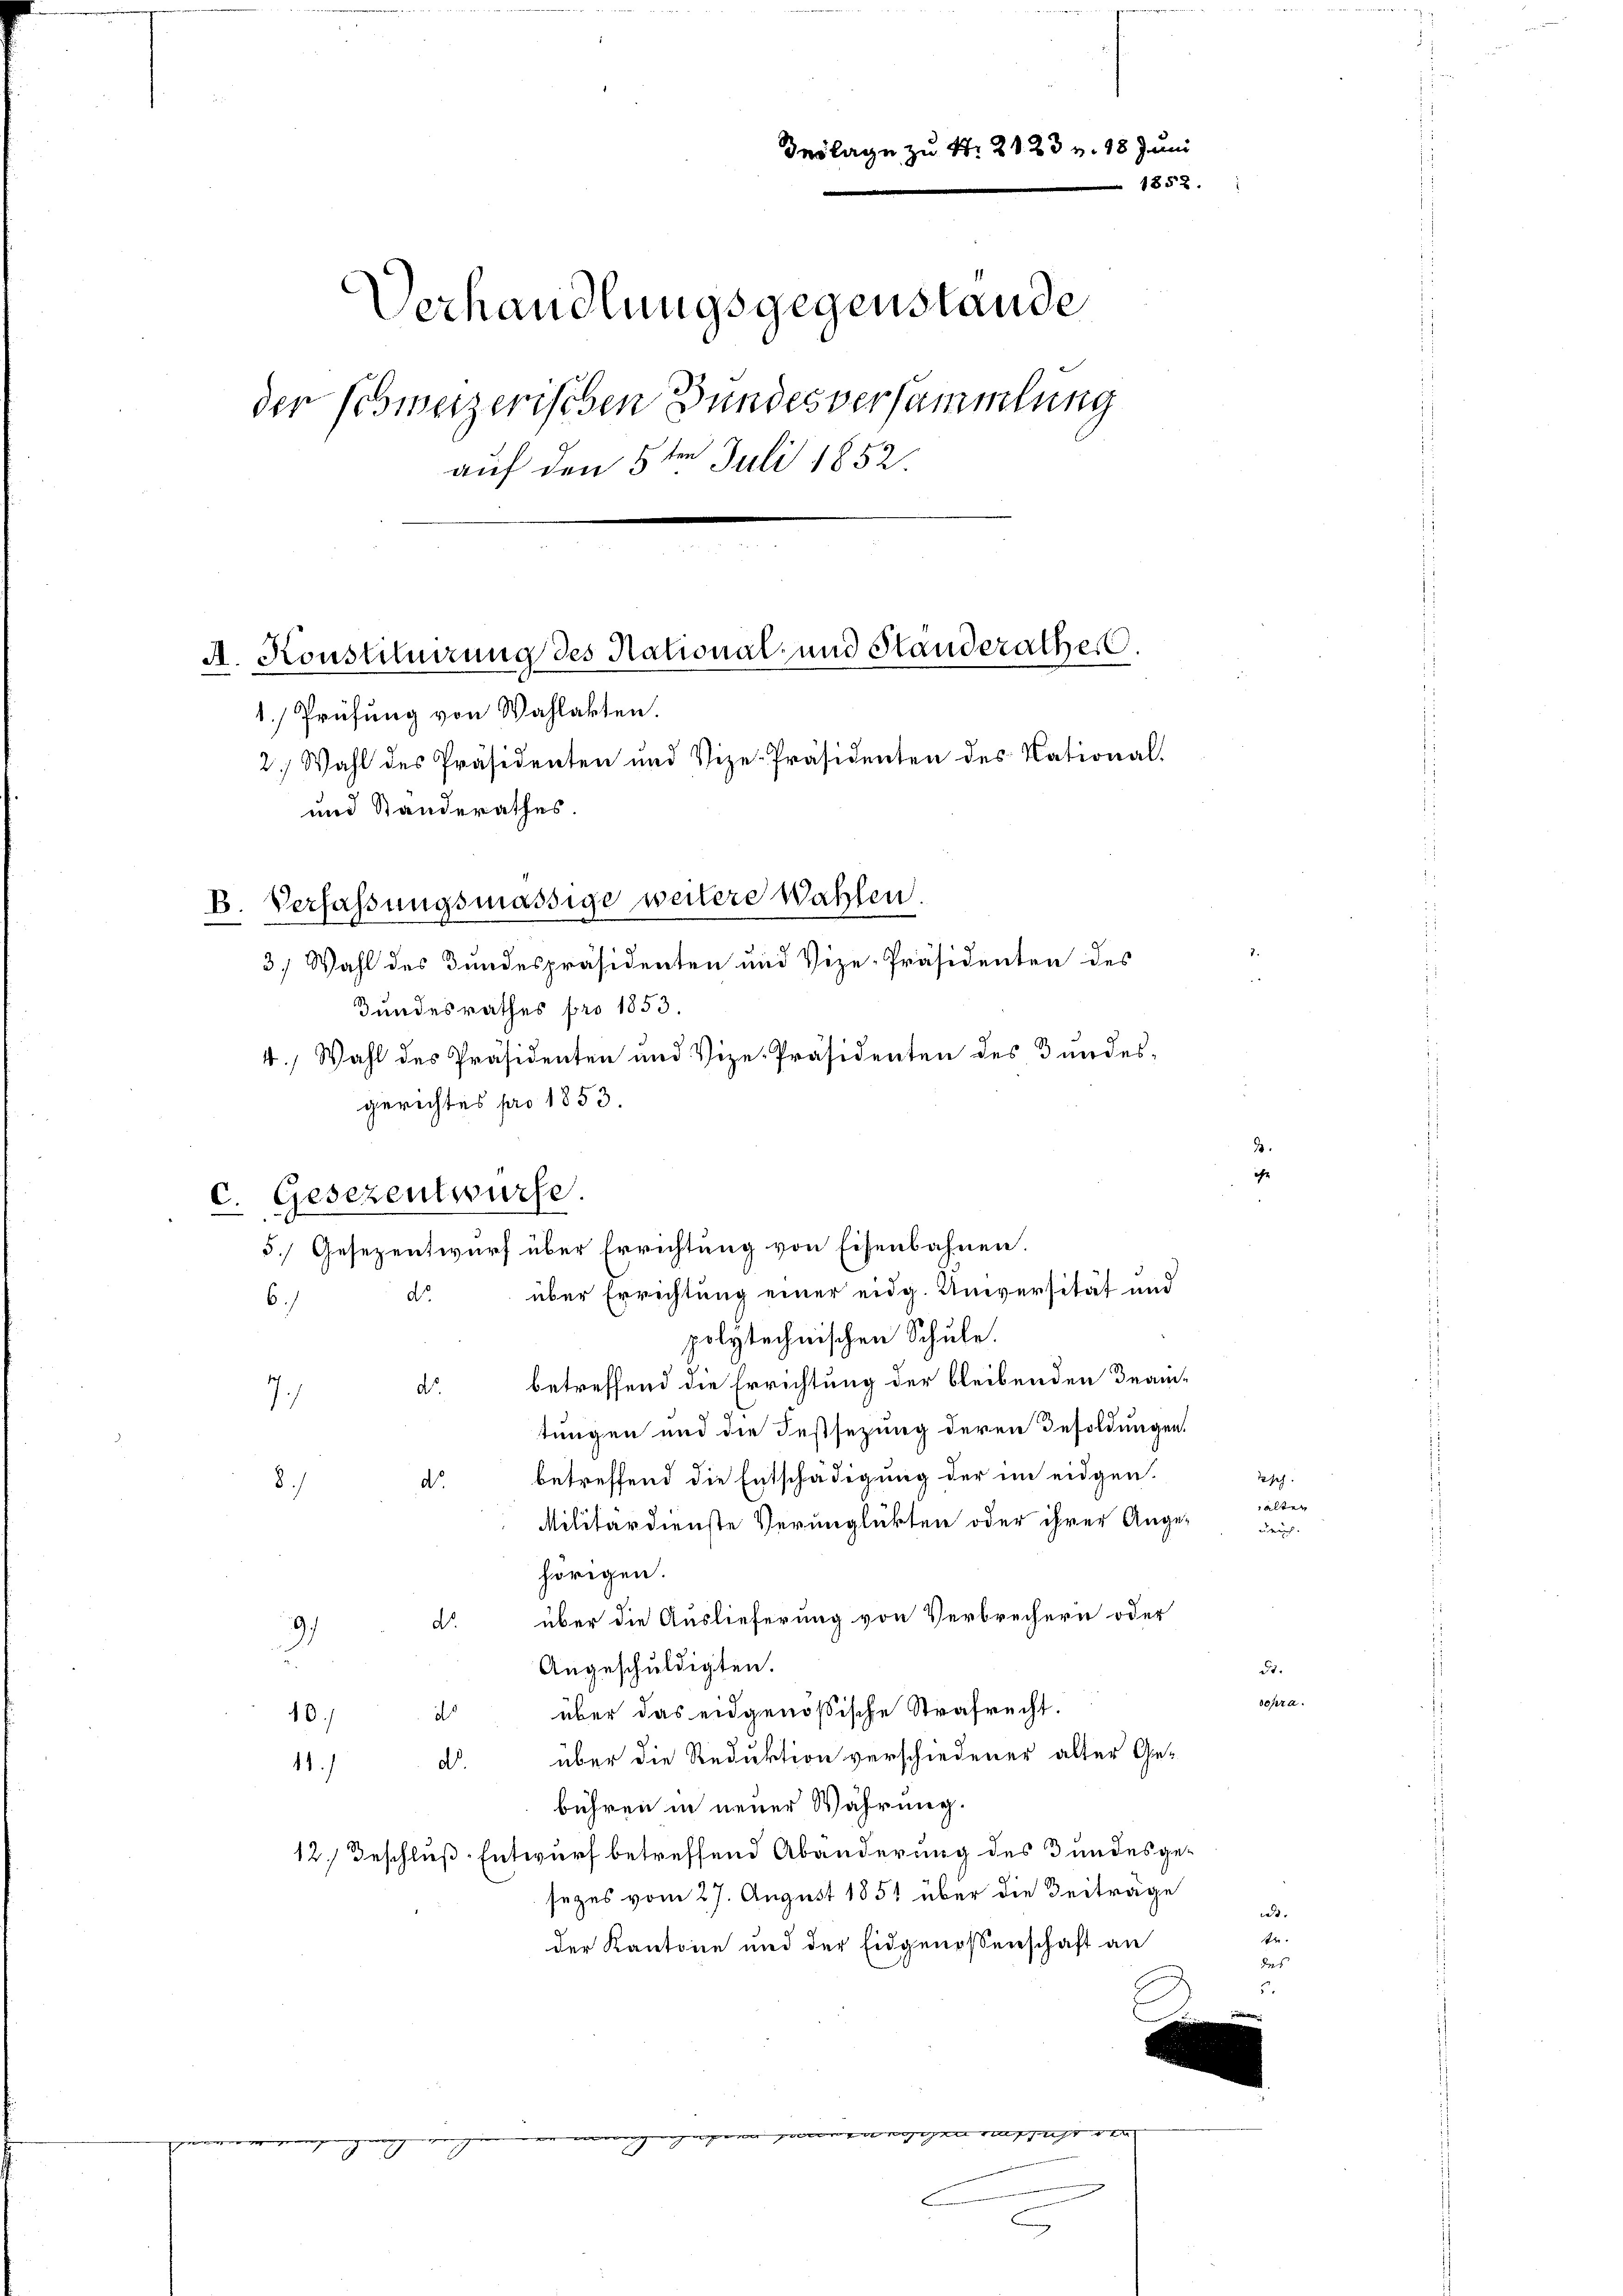
Inslage zu Nr. 2123 v. 18 Juni
1858.
Verhandlungsgegenstande
der Eismerzerischen Bundesversammlung
auf den 5ten Juli 1852.
A. Konstituirung des National- und Standerathes.

1.) Prüfung von Wahlakten.
2.) Wahl des Präsidenten und Vize-Präsidenten des National-
und Standerathes.
3.) Wahl des Bundespräsidenten und Vize-Präsidenten des
Bundesrathes pro 1853.
4.) Wahl des Präsidenten und Vize-Präsidenten des Bundesgerichtes pro 1853.
5.) Gesezentwurf über Errichtung von Eisenbahnen.
über Errichtung einer eidg. Universität und
do.
6.
polytechnischen Schule.
betreffend die Errichtung der bleibenden Beamd.
7
tungen und die Festsezung deren Besoldungen.
betreffend die Entschädigung der im eidgen.
d.
8.
Militärdienste Verunglükten oder ihrer Ange-
hörigen.
über die Auslieferung von Verbrechern oder
d.
9
17
Angeschuldigten.
über das eidgenößische Strafrecht.
d
10.)
über die Reduktion verschiedener alter Ged.
1
bühren in neuer Währung.
12.) Beschließ-Entwurf betreffend Abänderung des Bundesgesezes vom 27. August 1851 über die Beiträge
der Kantone und der Eidgenossenschaft an
egen der mag gegen paren sicht de
ee wegen geg
g

B. Verfassungsmässige weitere Wahlen.

C. Gesezentwurf

seh.
älter

geich.

B

sopra.

a
tr.